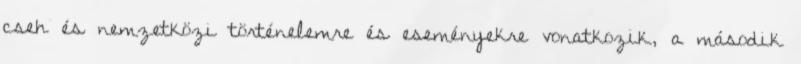
cseh és nemzetközi történelemre és eseményekre vonatkozik, a második